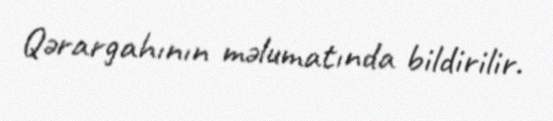
Qərargahının məlumatında bildirilir.